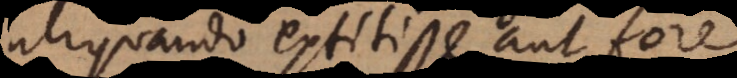
aliquando extitisse aut fore.